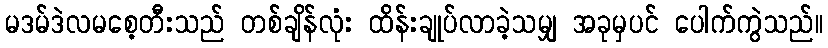
မဒမ်ဒဲလမစေ့တီးသည် တစ်ချိန်လုံး ထိန်းချုပ်လာခဲ့သမျှ အခုမှပင် ပေါက်ကွဲသည်။